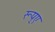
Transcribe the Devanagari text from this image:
रूप्ए